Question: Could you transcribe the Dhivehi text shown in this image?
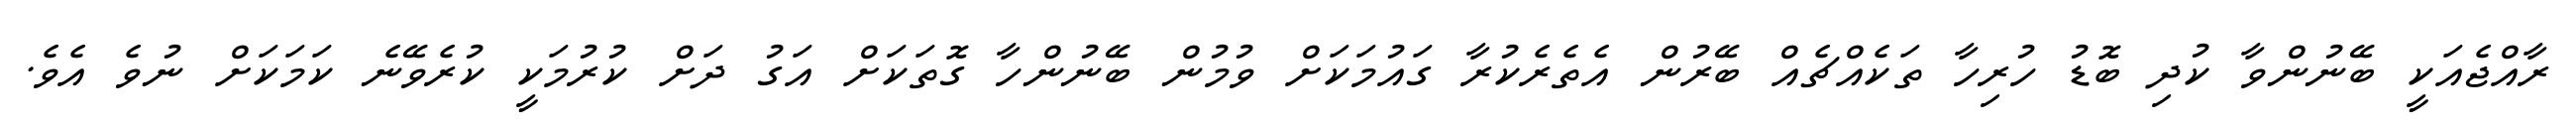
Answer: ރާއްޖެއަކީ ބޭނުންވާ ކުދި ބޮޑު ހުރިހާ ތަކެއްޗެއް ބޭރުން އެތެރެކުރާ ގައުމަކަށް ވުމުން ބޭނުންހާ ގޮތަކަށް އަގު ދަށް ކުރުމަކީ ކުރެވޭނެ ކަމަކަށް ނުވެ އެވެ.